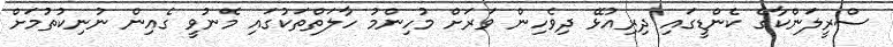
ސްރީލަންކާގެ ކެންޑީގައި ދިރިއުޅޭ ދިވެހިން ވަރަށް މުހިންމު ހާލަތްތަކުގައި މެނުވީ ގެއިން ނުނިކުތުމަށް